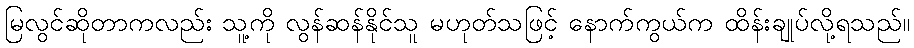
မြလွင်ဆိုတာကလည်း သူ့ကို လွန်ဆန်နိုင်သူ မဟုတ်သဖြင့် နောက်ကွယ်က ထိန်းချုပ်လို့ရသည်။